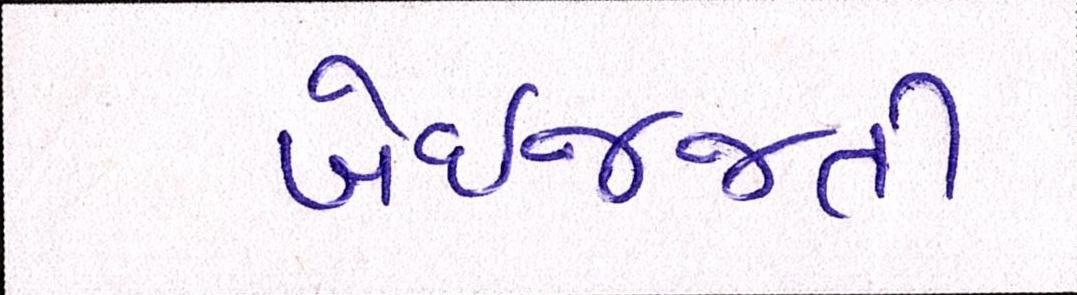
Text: બેઇજ્જતી